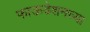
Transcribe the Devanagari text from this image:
फाऊडेशनच्या